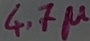
Text: 4.7µ